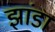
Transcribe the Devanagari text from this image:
झांडा